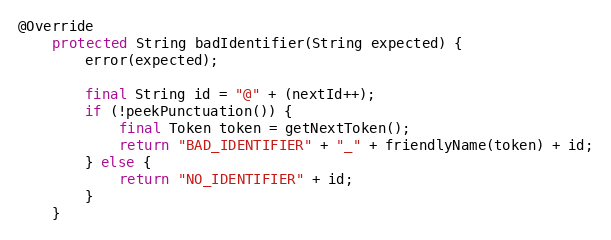
Language: Java
@Override
    protected String badIdentifier(String expected) {
        error(expected);

        final String id = "@" + (nextId++);
        if (!peekPunctuation()) {
            final Token token = getNextToken();
            return "BAD_IDENTIFIER" + "_" + friendlyName(token) + id;
        } else {
            return "NO_IDENTIFIER" + id;
        }
    }